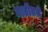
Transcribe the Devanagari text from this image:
मातीतले